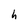
Character: h